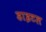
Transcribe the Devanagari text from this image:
डाइटल